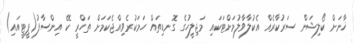
ޚާނަށް ކޯލިޝަން ސަރުކާރެއް އެކުލާވާލުމަށްޓަކައި މަޖިލީހުގެ ގޮނޑިތައް ހަމަކުރެވިއްޖެކަމަށް ތަހްރީ ކޭ އިންސާފު(ޕީޓީއައި)